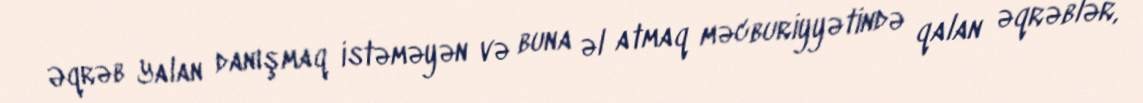
Əqrəb Yalan danışmaq istəməyən və buna əl atmaq məcburiyyətində qalan əqrəblər,